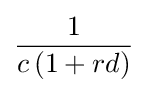
{\frac {1}{c\,(1+rd)}}